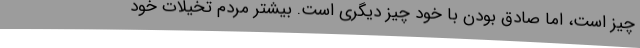
چیز است، اما صادق بودن با خود چیز دیگری است. بیشتر مردم تخیلات خود